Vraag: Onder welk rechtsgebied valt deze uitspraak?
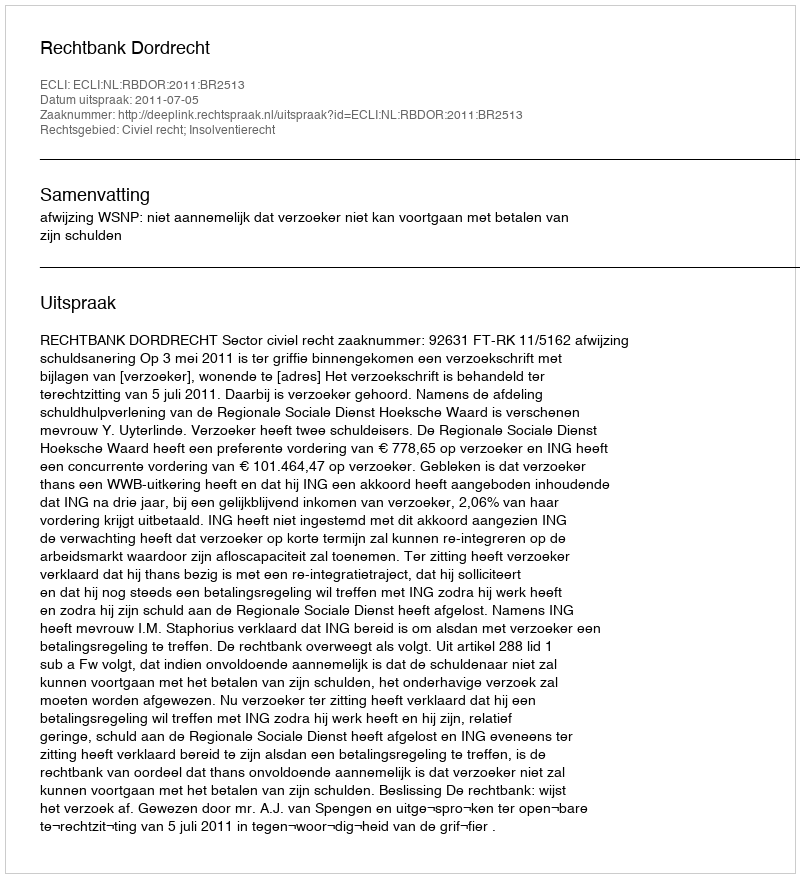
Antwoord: Civiel recht; Insolventierecht